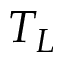
T _ { L }